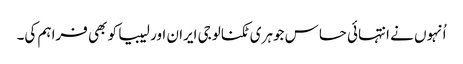
اُنہوں نے انتہائی حساس جوہری ٹکنالوجی ایران اور لیبیا کو بھی فراہم کی۔